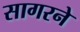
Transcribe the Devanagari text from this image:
सागरने